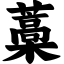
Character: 藁